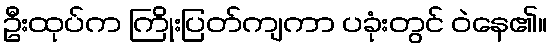
ဦးထုပ်က ကြိုးပြတ်ကျကာ ပခုံးတွင် ဝဲနေ၏။